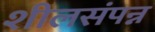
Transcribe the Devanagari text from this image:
शीलसंपन्न